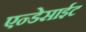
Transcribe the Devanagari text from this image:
एन्डेसाईट